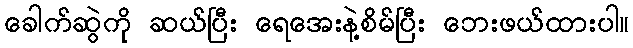
ခေါက်ဆွဲကို ဆယ်ပြီး ရေအေးနဲ့စိမ်ပြီး ဘေးဖယ်ထားပါ။